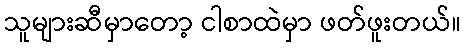
သူများဆီမှာတော့ ငါစာထဲမှာ ဖတ်ဖူးတယ်။